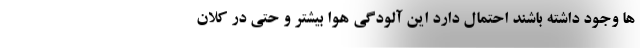
ها وجود داشته باشند احتمال دارد این آلودگی هوا بیشتر و حتی در کلان